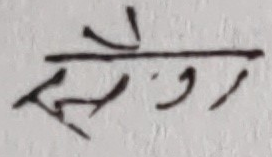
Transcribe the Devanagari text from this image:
स्रेजर